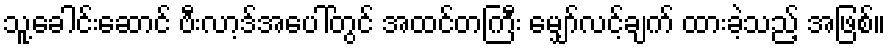
သူ့ခေါင်းဆောင် ဗီးလာ့ဒ်အပေါ်တွင် အထင်တကြီး မျှော်လင့်ချက် ထားခဲ့သည့် အဖြစ်။